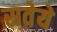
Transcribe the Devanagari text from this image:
सवेये